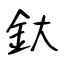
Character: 釱